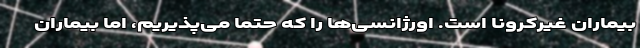
بیماران غیرکرونا است. اورژانسی‌ها را که حتما می‌پذیریم، اما بیماران